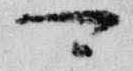
可